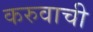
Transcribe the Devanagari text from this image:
करुवाची